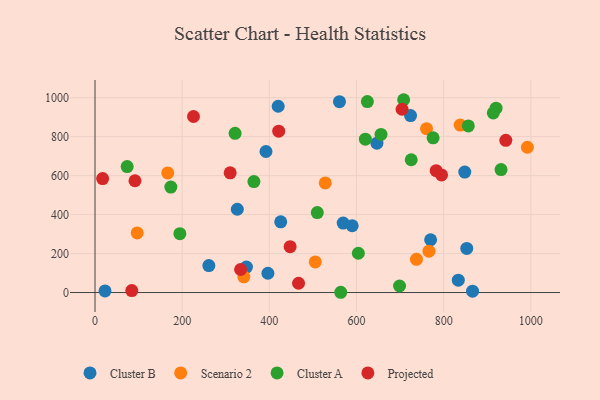
{"axis": {"x": "Speed", "y": "Exam Score"}, "legend": ["Cluster A", "Cluster B", "Projected", "Scenario 2"], "data": [{"x": "326.5", "y": 427.4, "type": "Cluster B"}, {"x": "590.1", "y": 342.7, "type": "Cluster B"}, {"x": "347.5", "y": 130.6, "type": "Cluster B"}, {"x": "852.9", "y": 226.5, "type": "Cluster B"}, {"x": "833.5", "y": 63.5, "type": "Cluster B"}, {"x": "569.4", "y": 356.6, "type": "Cluster B"}, {"x": "420.3", "y": 956.0, "type": "Cluster B"}, {"x": "724.0", "y": 908.1, "type": "Cluster B"}, {"x": "392.3", "y": 723.6, "type": "Cluster B"}, {"x": "426.1", "y": 362.9, "type": "Cluster B"}, {"x": "848.4", "y": 618.0, "type": "Cluster B"}, {"x": "261.2", "y": 138.2, "type": "Cluster B"}, {"x": "396.7", "y": 98.9, "type": "Cluster B"}, {"x": "23.0", "y": 8.2, "type": "Cluster B"}, {"x": "560.9", "y": 979.3, "type": "Cluster B"}, {"x": "770.0", "y": 270.9, "type": "Cluster B"}, {"x": "646.8", "y": 766.2, "type": "Cluster B"}, {"x": "866.2", "y": 6.9, "type": "Cluster B"}, {"x": "837.9", "y": 859.1, "type": "Scenario 2"}, {"x": "505.4", "y": 156.9, "type": "Scenario 2"}, {"x": "96.8", "y": 305.9, "type": "Scenario 2"}, {"x": "166.9", "y": 613.6, "type": "Scenario 2"}, {"x": "760.6", "y": 840.6, "type": "Scenario 2"}, {"x": "528.3", "y": 562.7, "type": "Scenario 2"}, {"x": "737.5", "y": 170.4, "type": "Scenario 2"}, {"x": "341.4", "y": 80.7, "type": "Scenario 2"}, {"x": "766.2", "y": 212.2, "type": "Scenario 2"}, {"x": "992.0", "y": 745.6, "type": "Scenario 2"}, {"x": "931.6", "y": 631.0, "type": "Cluster A"}, {"x": "620.3", "y": 787.1, "type": "Cluster A"}, {"x": "510.0", "y": 410.5, "type": "Cluster A"}, {"x": "624.9", "y": 979.7, "type": "Cluster A"}, {"x": "656.2", "y": 811.1, "type": "Cluster A"}, {"x": "725.5", "y": 681.4, "type": "Cluster A"}, {"x": "708.1", "y": 989.4, "type": "Cluster A"}, {"x": "775.7", "y": 793.9, "type": "Cluster A"}, {"x": "856.5", "y": 854.8, "type": "Cluster A"}, {"x": "698.7", "y": 33.5, "type": "Cluster A"}, {"x": "563.8", "y": 1.3, "type": "Cluster A"}, {"x": "174.0", "y": 541.1, "type": "Cluster A"}, {"x": "321.4", "y": 817.0, "type": "Cluster A"}, {"x": "364.6", "y": 569.4, "type": "Cluster A"}, {"x": "920.2", "y": 946.1, "type": "Cluster A"}, {"x": "604.2", "y": 201.6, "type": "Cluster A"}, {"x": "913.8", "y": 921.5, "type": "Cluster A"}, {"x": "73.8", "y": 646.3, "type": "Cluster A"}, {"x": "194.7", "y": 302.1, "type": "Cluster A"}, {"x": "421.5", "y": 828.0, "type": "Projected"}, {"x": "795.1", "y": 603.6, "type": "Projected"}, {"x": "334.1", "y": 118.1, "type": "Projected"}, {"x": "226.0", "y": 903.2, "type": "Projected"}, {"x": "782.7", "y": 625.4, "type": "Projected"}, {"x": "704.5", "y": 940.6, "type": "Projected"}, {"x": "310.1", "y": 614.5, "type": "Projected"}, {"x": "942.5", "y": 781.0, "type": "Projected"}, {"x": "467.0", "y": 47.6, "type": "Projected"}, {"x": "84.4", "y": 10.2, "type": "Projected"}, {"x": "17.5", "y": 585.0, "type": "Projected"}, {"x": "91.7", "y": 573.6, "type": "Projected"}, {"x": "447.7", "y": 235.1, "type": "Projected"}]}